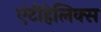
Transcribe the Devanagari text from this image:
एंटीहेलिक्स